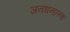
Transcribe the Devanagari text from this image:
जनघनत्त्व